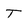
Character: T